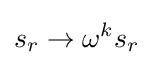
s_{r}\rightarrow \omega ^{k}s_{r}